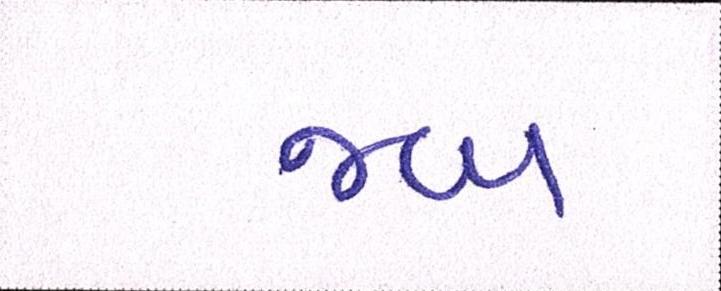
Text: જબ